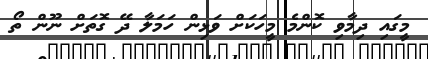
މީގައި ދިމާވި ކޮންމެ މީހަކަށް ވަޅިން ހަމަލާ ދޭ ގޮތަށް ނޫން ތޯ